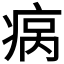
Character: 𬏮